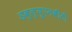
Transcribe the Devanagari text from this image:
डब्ल्यूएनबीटी